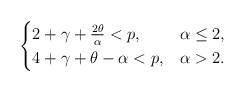
LaTeX: \begin{align*}\begin{cases}2 + \gamma + \frac{2\theta}{\alpha} < p , & \alpha\leq 2 , \\4+ \gamma+ \theta - \alpha < p, & \alpha > 2 .\end{cases}\end{align*}